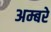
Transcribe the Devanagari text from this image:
अम्बरे